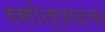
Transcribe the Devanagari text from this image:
रसोत्पादक